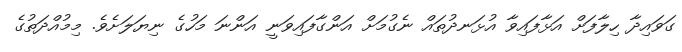
ގަވައިދާ ހިލާފަށް އަޅާފައިވާ އުޅަނދުތައް ނެގުމަށް އަންގާފައިވަނީ އަންނަ މަހުގެ ނިޔަލަށެވެ. މިމުއްދަތުގެ